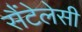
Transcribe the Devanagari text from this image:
सैंटेलेसी